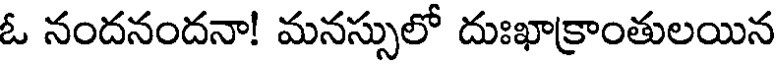
ఓ నందనందనా! మనస్సులో దుఃఖాక్రాంతులయిన